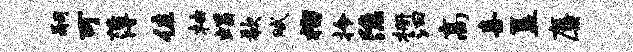
嗣可薄佐柚蝎欷赋榴拎隐栅汩高喜簋麋